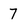
Character: 7